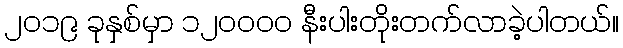
၂၀၁၉ ခုနှစ်မှာ ၁၂၀၀၀၀ နီးပါးတိုးတက်လာခဲ့ပါတယ်။